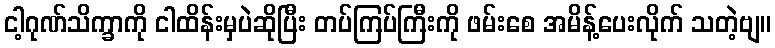
ငါ့ဂုဏ်သိက္ခာကို ငါထိန်းမှပဲဆိုပြီး တပ်ကြပ်ကြီးကို ဖမ်းစေ အမိန့်ပေးလိုက် သတဲ့ဗျ။